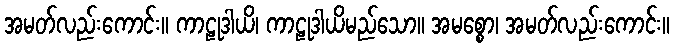
အမတ်လည်းကောင်း။ ကာဠုဒါယိ၊ ကာဠုဒါယိမည်သော။ အမစ္စော၊ အမတ်လည်းကောင်း။